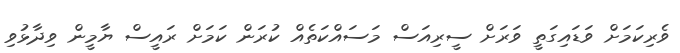
ވެރިކަމަށް ވަޑައިގަތީ ވަރަށް ސީރިއަސް މަސައްކަތެއް ކުރަން ކަމަށް ރައީސް ޔާމީން ވިދާޅުވި